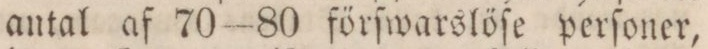
antal af 70—80 förſwarslöſe perſoner,